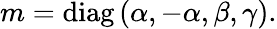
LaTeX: m=\mathrm{diag}\left(\alpha,-\alpha,\beta,\gamma\right).